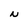
Character: N